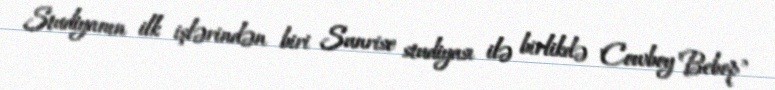
Studiyanın ilk işlərindən biri Sunrise studiyası ilə birlikdə "Cowboy Bebop"